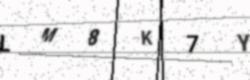
Text: LM8K7Y